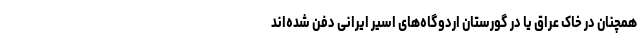
همچنان در خاک عراق یا در گورستان اردوگاه‌های اسیر ایرانی دفن شده‌اند